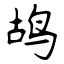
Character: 鸪